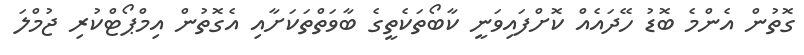
ގޮތުން އެންމެ ބޮޑު ހޭދައެއް ކޮށްފައިވަނީ ކާބޯތަކެތީގެ ބާވަތްތަކަށާއި އެގޮތުން އިމްޕޯޓްކުރި ޖުމްލަ